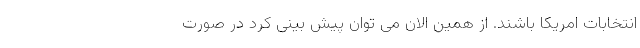
انتخابات امریکا باشند. از همین الان می توان پیش بینی کرد در صورت